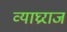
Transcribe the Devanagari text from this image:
व्याघ्रराज